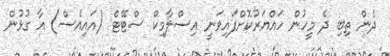
ދެން ތިބި ދެ މީހުން ހައްޔަރުކޮށްފައިވަނީ އިސްލާމިކް ސްޓޭޓް (އައިއެސް) އާ ގުޅުން